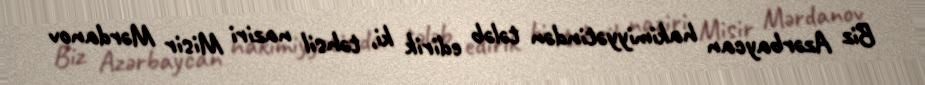
Biz Azərbaycan hakimiyyətindən tələb edirik ki, təhsil naziri Misir Mərdanov